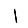
Digit: 1